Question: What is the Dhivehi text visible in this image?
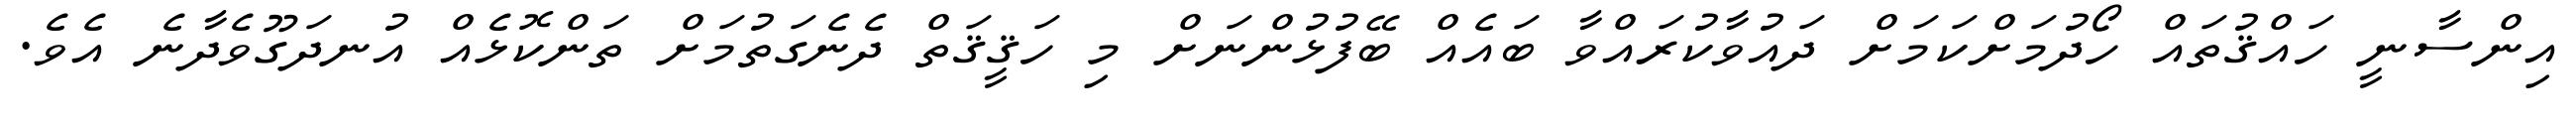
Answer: އިންސާނީ ހައްޤުތައް ހޯދުމަށްކަމަށް ދައުވާކުރައްވާ ބައެއް ބޭފުޅުންނަށް މި ހަޤީޤަތް ދެނެގަތުމަށް ތަންކޮޅެއް އުނދަގޫވެދާނެ އެވެ.